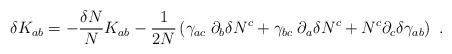
LaTeX: \begin{align*}\delta K_{ab} = -{\delta N\over N} K_{ab} -{1\over 2N} \left(\gamma_{ac}\;\partial_b\delta N^c+ \gamma_{bc}\;\partial_a\delta N^c +N^c\partial_c\delta\gamma_{ab}\right)\ .\end{align*}